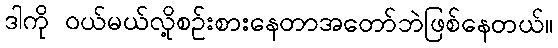
ဒါကို ဝယ်မယ်လို့စဉ်းစားနေတာအတော်ဘဲဖြစ်နေတယ်။